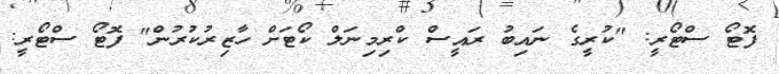
ފޮޓޯ ސްޓޯރީ: "ކުރީގެ ނައިބު ރައީސް ކްރިމިނަލް ކޯޓަށް ހާޒިރުކުރުން" ފޮޓޯ ސްޓޯރީ: